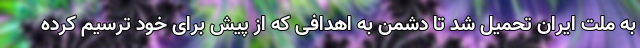
به ملت ایران تحمیل شد تا دشمن به اهدافی که از پیش برای خود ترسیم کرده